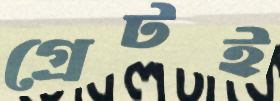
গ্রেটই